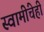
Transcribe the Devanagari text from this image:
स्वामींचेही